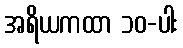
အရိယကထာ ၁၀-ပါး